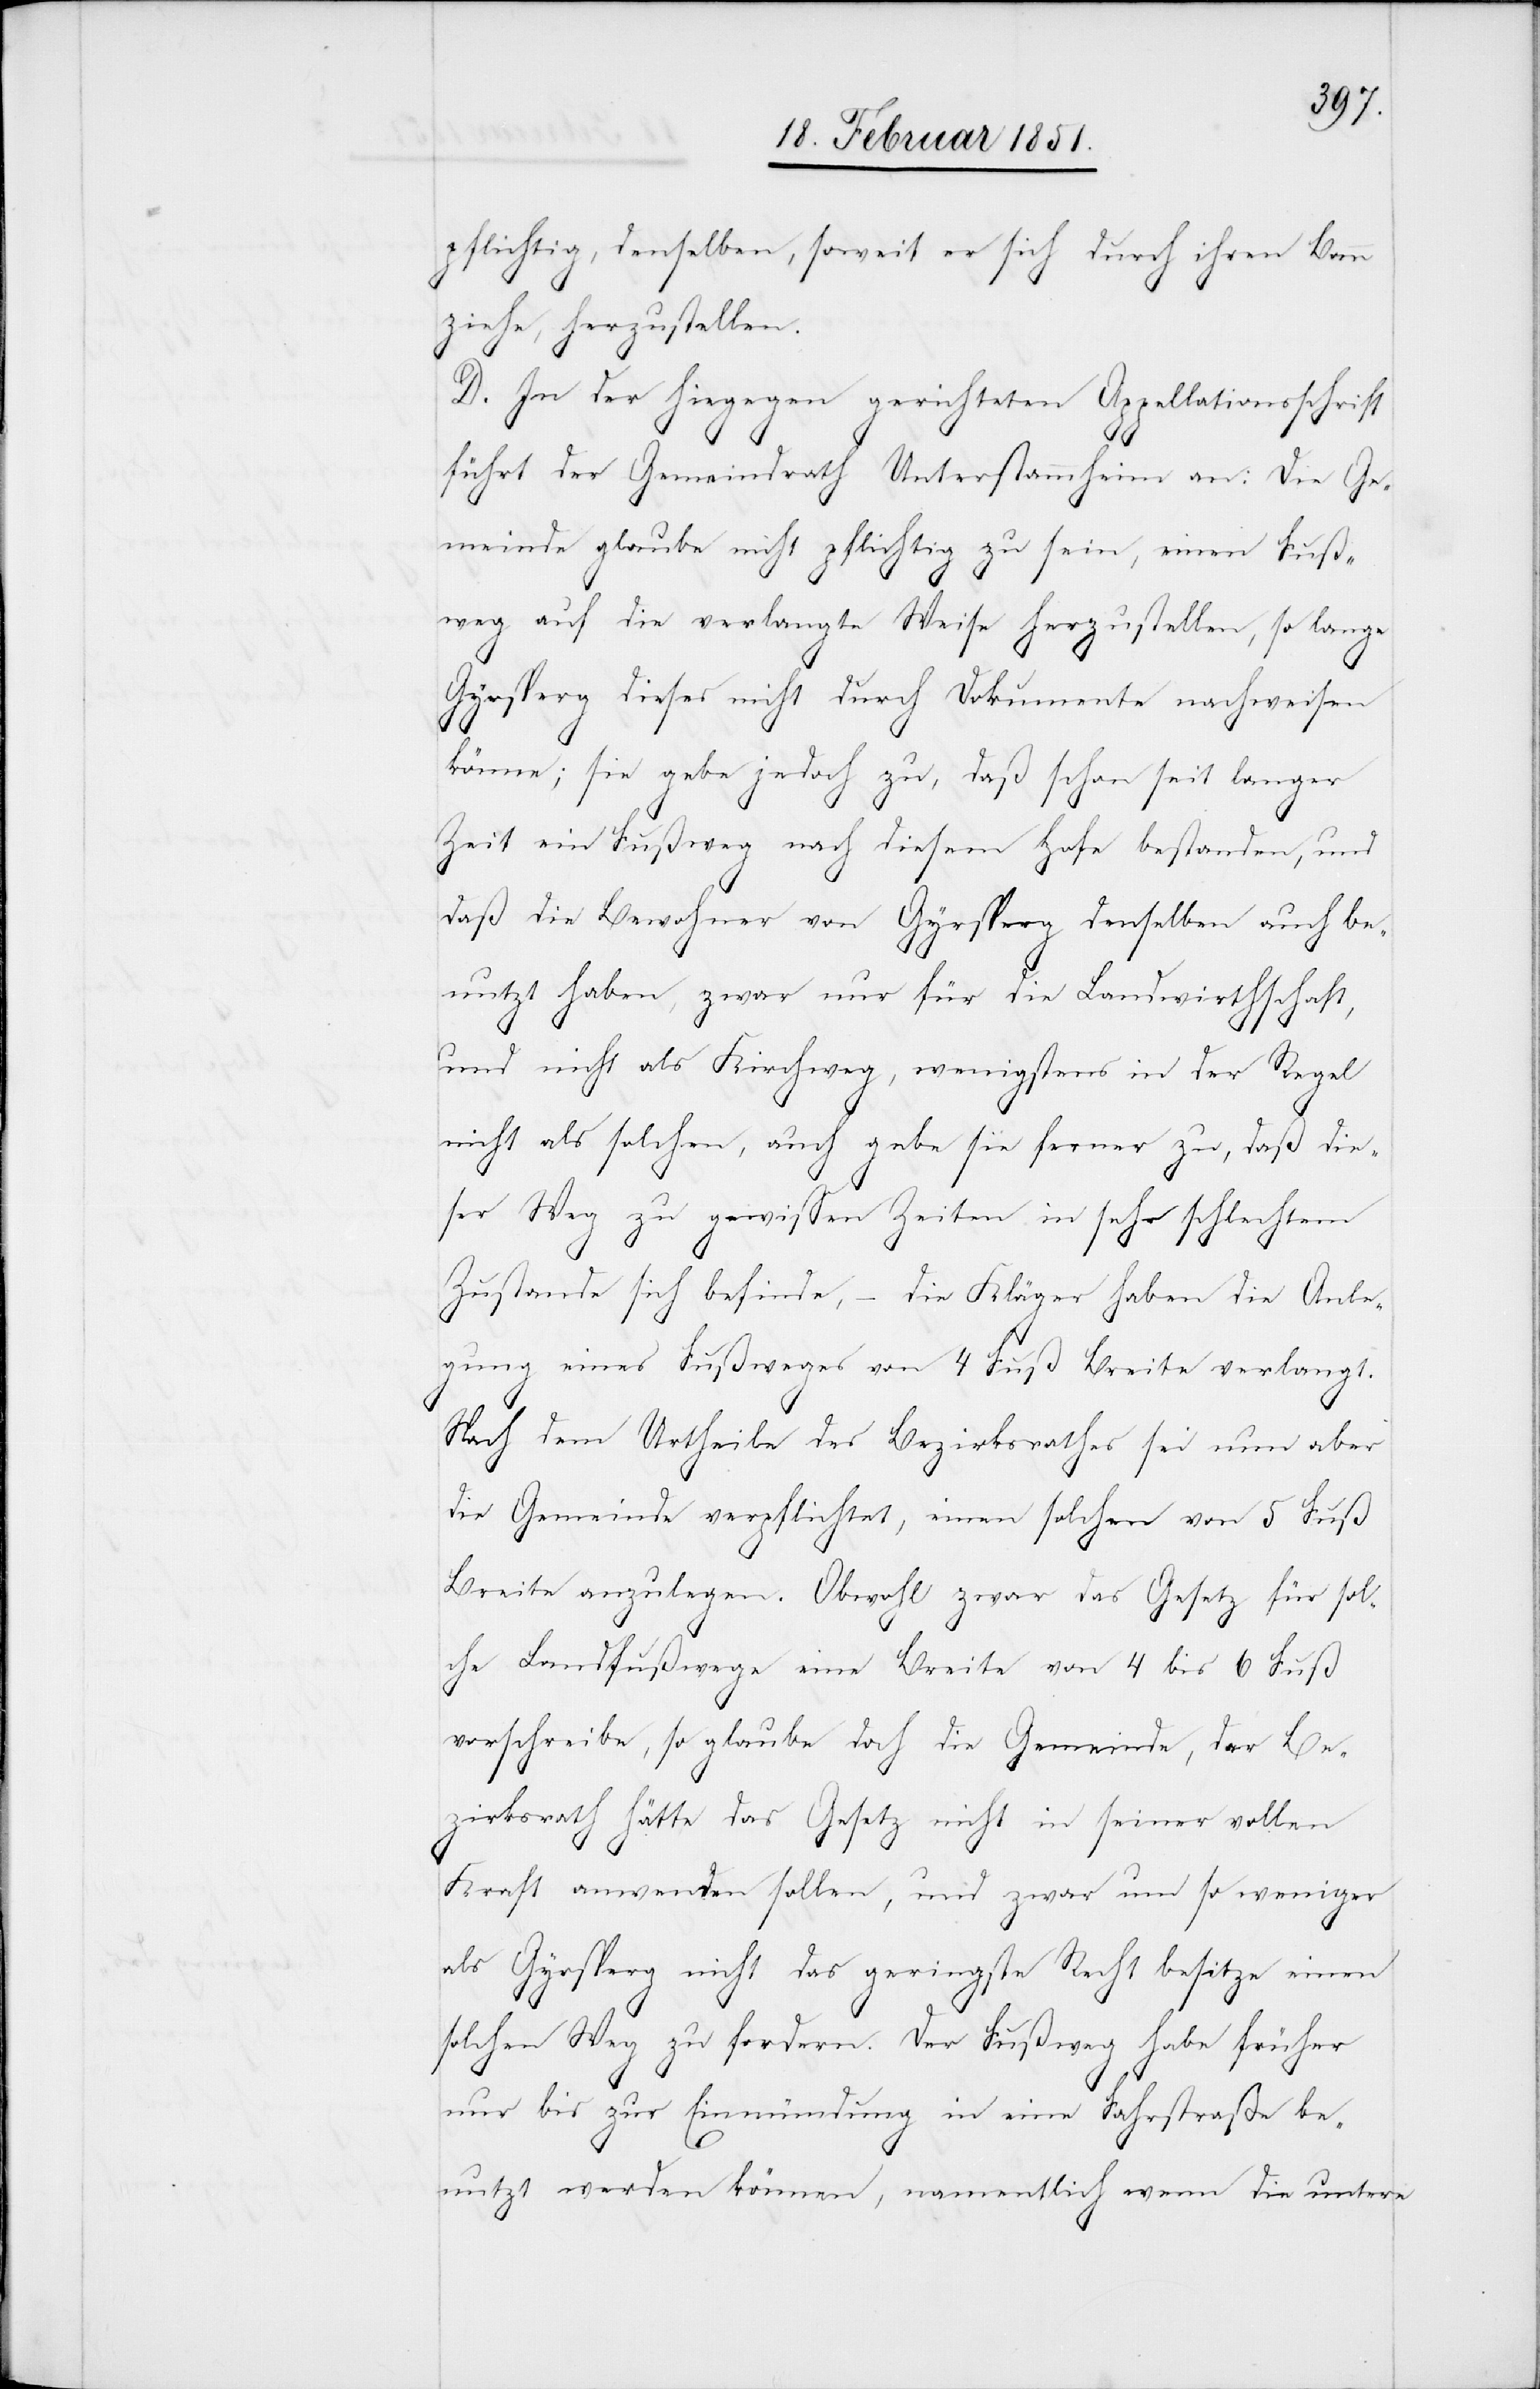
pflichtig, denselben, soweit er sich durch ihren Bann
ziehe, herzustellen.
D. In der hiegegen gerichteten Appellationsschrift
führt der Gemeindrath Unterstammheim an: Die Ge¬
meinde glaube nicht pflichtig zu sein, einen Fuß¬
weg auf die verlangte Weise herzustellen, so lange
Gyrsperg dieses nicht durch Dokumente nachweisen
könne; sie gebe jedoch zu, daß schon seit langer
Zeit ein Fußweg nach diesem Hofe bestanden, und
daß die Bewohner von Gyrsperg denselben auch be¬
nutzt haben, zwar nur für die Landwirthschaft,
und nicht als Kirchweg, wenigstens in der Regel
nicht als solchen, auch gebe sie ferner zu, daß die¬
ser Weg zu gewissen Zeiten in sehr schlechtem
Zustande sich befinde, – die Kläger haben die Anle¬
gung eines Fußweges von 4 Fuß Breite verlangt.
Nach dem Urtheile des Bezirksrathes sei nun aber
die Gemeinde verpflichtet, einen solchen von 5 Fuß
Breite anzulegen. Obwohl zwar das Gesetz für sol¬
che Landfußwege eine Breite von 4 bis 6 Fuß
vorschreibe, so glaube doch die Gemeinde, der Be¬
zirksrath hätte das Gesetz nicht in seiner vollen
Kraft anwenden sollen, und zwar um so weniger
als Gyrsperg nicht das geringste Recht besitze einen
solchen Weg zu fordern. Der Fußweg habe früher
nur bis zur Einmündung in eine Fahrstraße be¬
nutzt werden können, namentlich wenn die untere